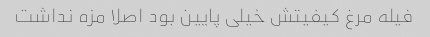
فیله مرغ کیفیتش خیلی پایین بود اصلا مزه نداشت